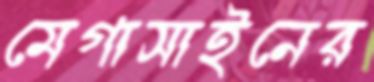
মেগাসাইনের